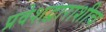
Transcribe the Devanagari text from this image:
प्रवेशद्वाराशीच